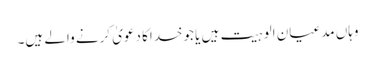
وہاں مدعیان الوہیت ہیں یا جوخداکا دعویٰ کرنے والے ہیں۔